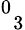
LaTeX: {}^{0}{}_{3}